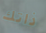
ذاتك